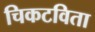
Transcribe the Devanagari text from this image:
चिकटविता